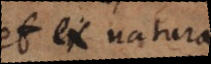
et ex natura